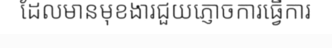
ដែលមានមុខងារជួយភ្ញោចការធ្វើការ